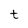
Character: t